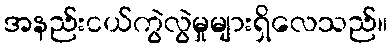
အနည်းငယ်ကွဲလွဲမှုများရှိလေသည်။